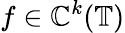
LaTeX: f\in\mathbb{C}^{k}(\mathbb{{T}})